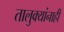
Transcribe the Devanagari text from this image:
तालुक्यांनाही